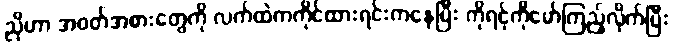
ညိုဟာ အဝတ်အစားတွေကို လက်ထဲကကိုင်ထားရင်းကနေပြီး ကိုရင့်ကိုမော်ကြည့်လိုက်ပြီး